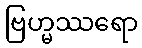
ဗြဟ္မဿရော